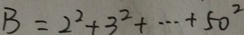
B = 2 ^ { 2 } + 3 ^ { 2 } + \cdots + 5 0 ^ { 2 }